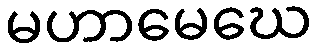
မဟာမေဃေ